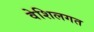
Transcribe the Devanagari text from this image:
वेशिलगत